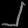
Digit: ၂